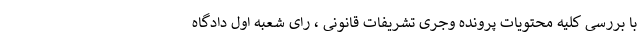
با بررسی کلیه محتویات پرونده وجری تشریفات قانونی ، رای شعبه اول دادگاه